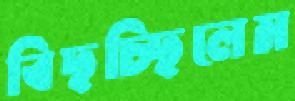
বিছচ্ছিলেম